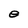
Character: e